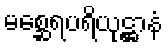
မစ္ဆေရပရိယုဋ္ဌာနံ